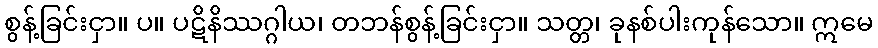
စွန့်ခြင်းငှာ။ ပ။ ပဋိနိဿဂ္ဂါယ၊ တဘန်စွန့်ခြင်းငှာ။ သတ္တ၊ ခုနစ်ပါးကုန်သော။ ဣမေ